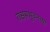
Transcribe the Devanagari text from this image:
राक्षसभुवनच्या